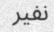
نفير